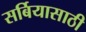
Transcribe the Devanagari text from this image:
सर्बियासाठी